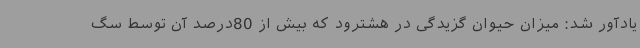
یادآور شد: میزان حیوان گزیدگی در هشترود که بیش از 80درصد آن توسط سگ